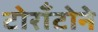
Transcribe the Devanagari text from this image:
टोराँटोने